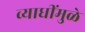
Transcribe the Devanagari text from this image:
व्याधींमुळे